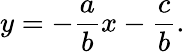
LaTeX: y=-{\frac{a}{b}}x-{\frac{c}{b}}.